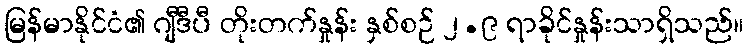
မြန်မာနိုင်ငံ၏ ဂျီဒီပီ တိုးတက်နှုန်း နှစ်စဉ် ၂.၉ ရာခိုင်နှုန်းသာရှိသည်။